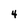
Character: 4